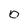
Character: 0